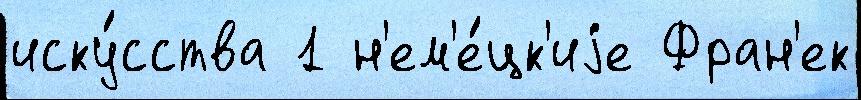
иску́сства 1 н'ем'е́цк'иjе Фран'ек